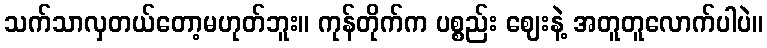
သက်သာလှတယ်တော့မဟုတ်ဘူး။ ကုန်တိုက်က ပစ္စည်း ဈေးနဲ့ အတူတူလောက်ပါပဲ။